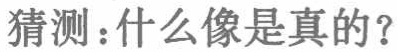
猜测：什么像是真的？